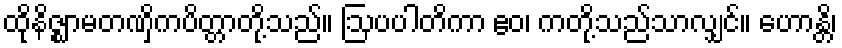
ထိုနိဇ္ဈာမတဏှိကပိတ္တာတို့သည်။ ဩပပါတိကာ ဧဝ၊ ကတို့သည်သာလျှင်။ ဟောန္တိ၊